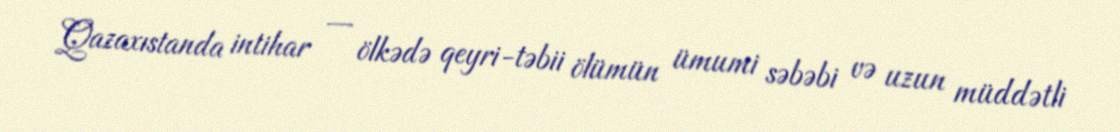
Qazaxıstanda intihar — ölkədə qeyri-təbii ölümün ümumi səbəbi və uzun müddətli